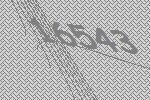
16543